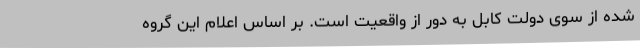
شده از سوی دولت کابل به دور از واقعیت است. بر اساس اعلام این گروه